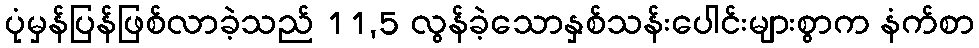
ပုံမှန်ပြန်ဖြစ်လာခဲ့သည် 11,5 လွန်ခဲ့သောနှစ်သန်းပေါင်းများစွာက နံက်စာ